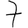
Digit: 7